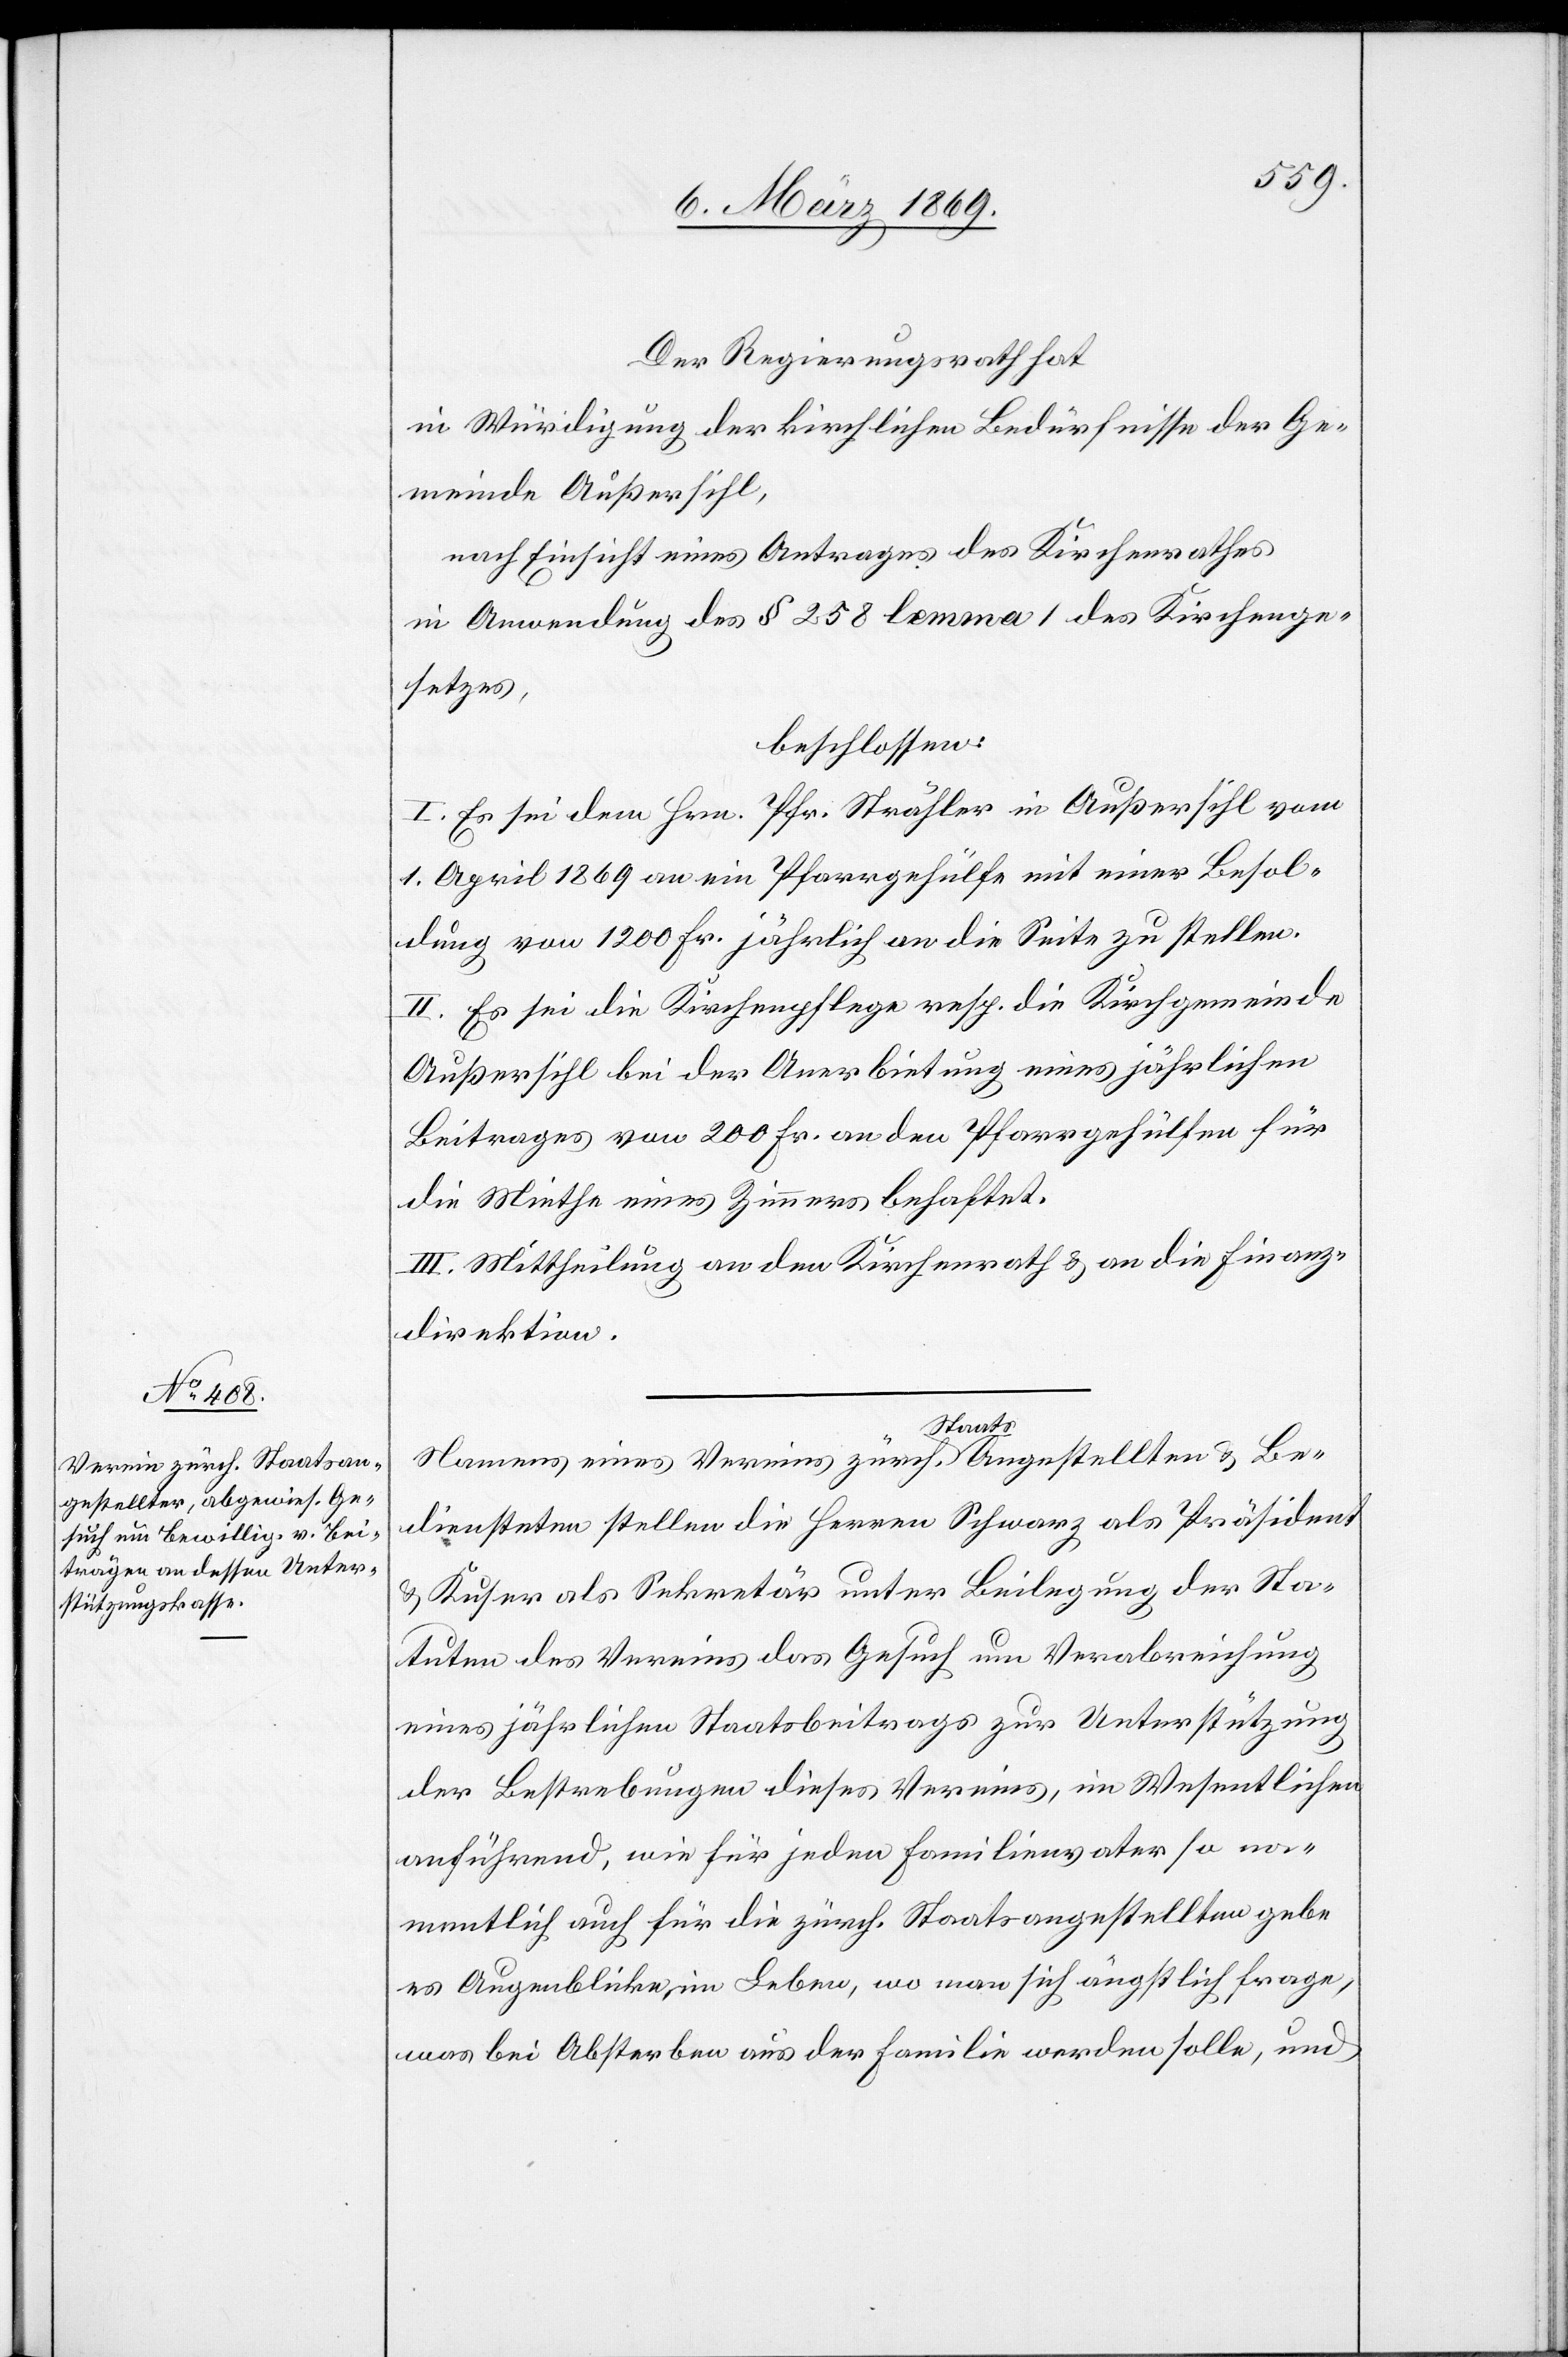
Der Regierungsrath hat,
in Würdigung der kirchlichen Bedürfnisse der Ge¬
meinde Außersihl,
nach Einsicht eines Antrages des Kirchenrathes
in Anwendung des § 258 lemma 1 des Kirchenge¬
setzes,
beschlossen:
I. Es sei dem Hrn. Pfr. Strähler in Außersihl vom
1. April 1869 an ein Pfarrgehülfe mit einer Besol¬
dung von 1200 Fr. jährlich an die Seite zu stellen.
II. Es sei die Kirchenpflege resp. die Kirchgemeinde
Außersihl bei der Anerbietung eines jährlichen
Beitrages von 200 Fr. an den Pfarrergehülfen für
die Miethe eines Zimmers behaftet.
III. Mittheilung an den Kirchenrath & an die Finanz¬
direktion.
Namens eines Vereins zürch. Staats-Angestellten & Be¬
diensteten stellen die Herren Schwarz als Präsident
& Kuser als Sekretär unter Beilegung der Sta¬
tuten des Vereins das Gesuch um Verabreichung
eines jährlichen Staatsbeitrags zur Unterstützung
der Bestrebungen dieses Vereins, im Wesentlichen
anführend, wie für jeden Familienvater so na¬
mentlich auch für die zürch. Staatsangestellten gebe
es Augenblicke im Leben, wo man sich ängstlich frage,
was bei Absterben aus der Familie werden solle, und